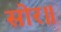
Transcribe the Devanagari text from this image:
सोर॥